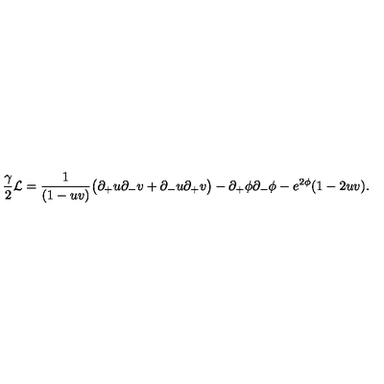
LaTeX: { \frac { \gamma } { 2 } } { \cal L } = { \frac { 1 } { ( 1 - u v ) } } \bigl ( \partial _ { + } u \partial _ { - } v + \partial _ { - } u \partial _ { + } v \bigr ) - \partial _ { + } \phi \partial _ { - } \phi - e ^ { 2 \phi } ( 1 - 2 u v ) .